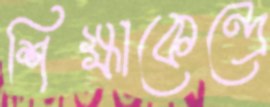
শিক্ষাকেন্দ্রে